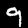
Digit: 9